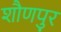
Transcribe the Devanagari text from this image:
शौणपुर